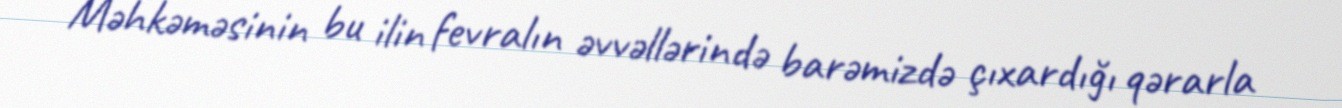
Məhkəməsinin bu ilin fevralın əvvəllərində barəmizdə çıxardığı qərarla